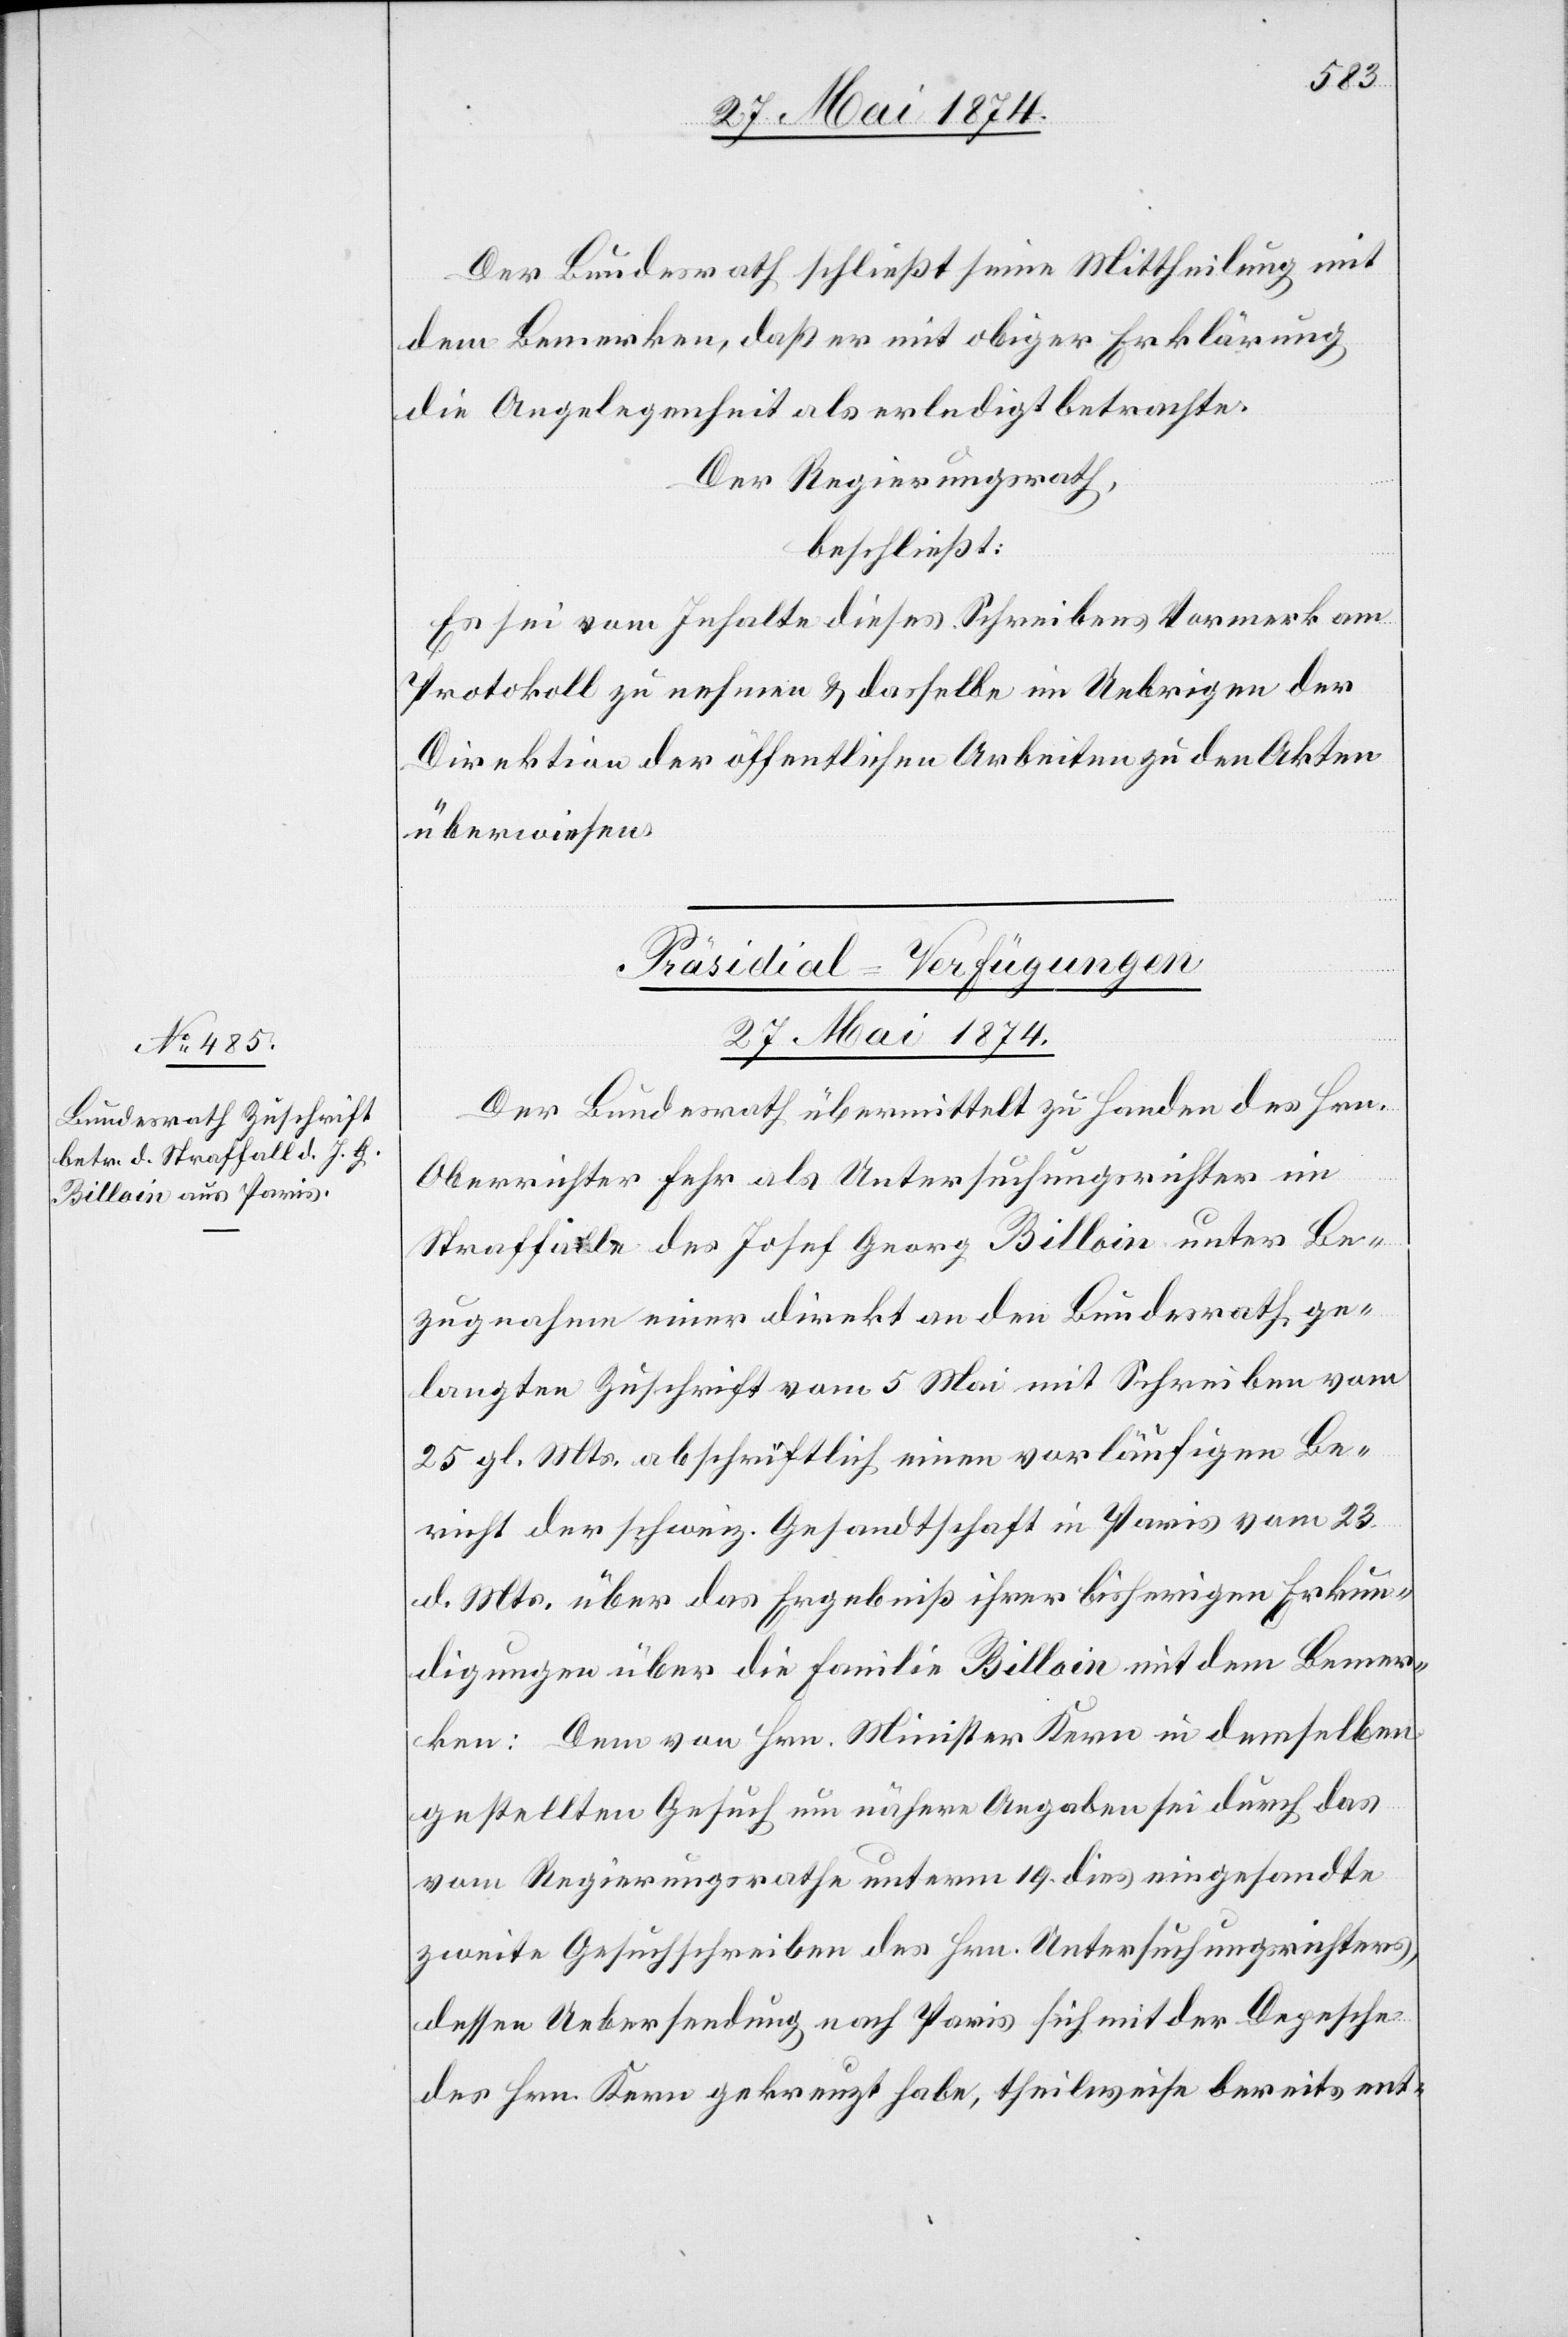
Der Bundesrath schließt seine Mittheilung mit
dem Bemerken, daß er mit obiger Erklärung
die Angelegenheit als erledigt betrachte.
Der Regierungsrath,
beschließt:
Es sei vom Inhalte dieses Schreibens Vormerk am
Protokoll zu nehmen u. dasselbe im Uebrigen der
Direktion der öffentlichen Arbeiten zu den Akten
überwiesen.
Präsidial-Verfügungen
27. Mai 1874.
Der Bundesrath übermittelt zu Handen des Hrn.
Oberrichter Fehr als Untersuchungsrichter im
Straffalle des Josef Georg Billoin unter Be¬
zugnahme einer direkt an den Bundesrath ge¬
langten Zuschrift vom 5. Mai mit Schreiben vom
25. gl. Mts. abschriftlich einen vorläufigen Be¬
richt der schweiz. Gesandtschaft in Paris vom 23.
d. Mts. über das Ergebniß ihrer bisherigen Erkun¬
digungen über die Familie Billoin mit dem Bemer¬
ken: Dem von Hrn. Minister Kern in demselben
gestellten Gesuch um nähere Angaben sei durch das
vom Regierungsrathe unterm 19. dies eingesandte
zweite Gesuchschreiben des Hr. Untersuchungsrichters,
dessen Uebersendung nach Paris sich mit der Depesche
des Hrn. Kern gekreuzt habe, theilweise bereits ent-